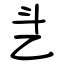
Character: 乧